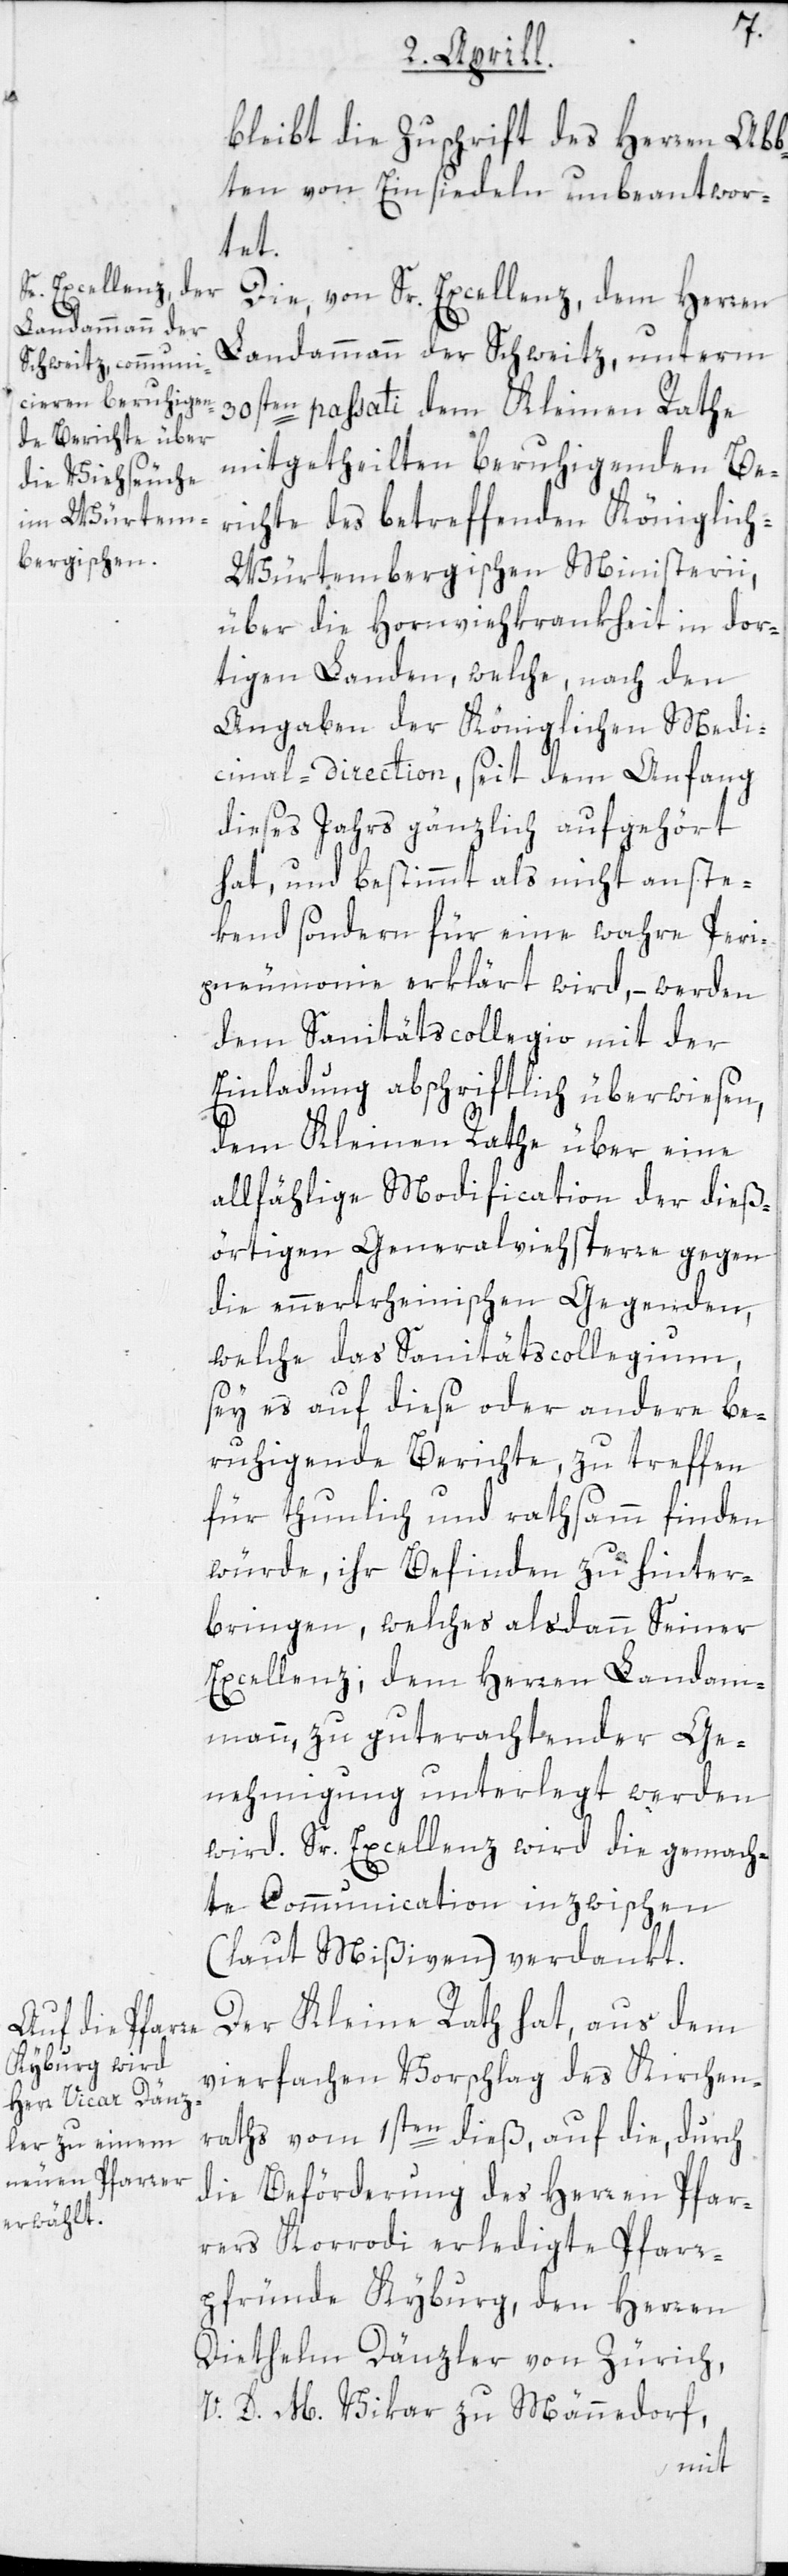
bleibt die Zuschrift des Herren Abb¬
ten von Einsiedeln unbeantwor¬
tet.
Die, von Sr. Excellenz, dem Herren
Landammann der Schweitz, unterm
30sten passati dem Kleinen Rathe
mitgetheilten beruhigenden Be¬
richte des betreffenden Königlic¬
h-Würtembergischen Ministerii,
über die Hornviehkrankheit in dor¬
tigen Landen, welche, nach den
Angaben der Königlichen Medi¬
cinal-direction, seit dem Anfang
dieses Jahrs gänzlich aufgehört
hat, und bestimmt als nicht anste¬
ckend sondern für eine wahre Peri¬
pneumonie erklärt wird, – werden
dem Sanitätscollegio mit der
Einladung abschriftlich überwiesen,
dem Kleinen Rathe über eine
allfählige Modification der dieß¬
örtigen Generalviehsperre gegen
die ennertrheinischen Gegenden,
welche das Sanitätscollegium,
sey es auf diese oder andere be¬
ruhigende Berichte, zu treffen
für thunlich und rathsam finden
würde, ihr Befinden zu hinter¬
bringen, welches alsdann Seiner
Excellenz; dem Herren Landam¬
mann, zu guterachtender Ge¬
nehmigung unterlegt werden
wird. Sr. Excellenz wird die gemach¬
te Communication inzwischen
(laut Mißiven) verdankt.
Der Kleine Rath hat, aus dem
vierfachen Vorschlag des Kirchen¬
raths vom 1sten dieß, auf die, durch
die Beförderung des Herren Pfar¬
rers Korrodi erledigte Pfarr¬
pfründe Kyburg, den Herren
Diethelm Dänzler von Zürich,
V. D. M. Vikar zu Männedorf,